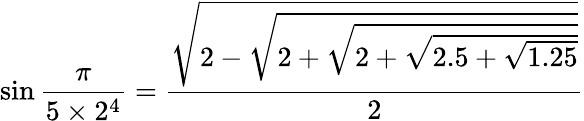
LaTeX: \sin{\frac{\pi}{5\times 2^{4}}}={\frac{\sqrt{2-{\sqrt{2+{\sqrt{2+{\sqrt{2.5+{\sqrt{1.25}}}}}}}}}}{2}}